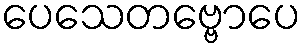
ပေသေတဗ္ဗောပေ